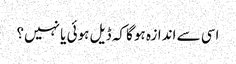
اسی سے اندازہ ہوگا کہ ڈیل ہوئی یا نہیں؟